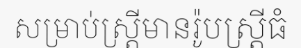
សម្រាប់ស្ត្រីមានរ៉ូបស្ត្រីធំ